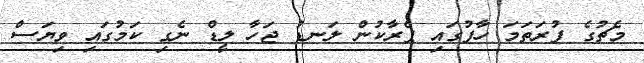
މެޗުގެ ފުރަތަމަ ހާފުގައި ޕެރާކުން ލަނޑު ޖަހާ ލީޑް ނެގި ކަމުގައި ވިޔަސް